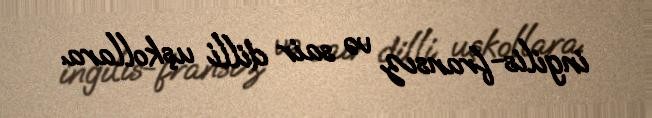
ingilis-fransız və sair dilli uşkollara.